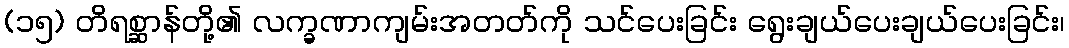
(၁၅) တိရစ္ဆာန်တို့၏ လက္ခဏာကျမ်းအတတ်ကို သင်ပေးခြင်း ရွေးချယ်ပေးချယ်ပေးခြင်း၊